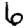
Digit: 6